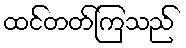
ထင်တတ်ကြသည်